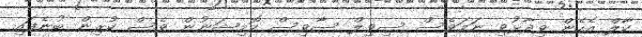
ކާލް އެހެން ވިދާޅުވި ނަމަވެސް ސިވިލް ސާވިސް ކޮމިޝަނުން ވެސް ކުރިން ބުނެފައި